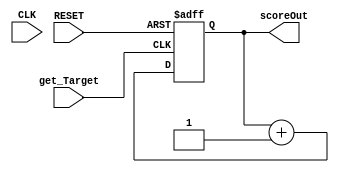
module Score_Counter(
  input get_Target,
  input RESET,
  input CLK,
  output [3:0] scoreOut
  );
  
  reg [3:0] Current_Score;
  assign scoreOut = Current_Score;
  
  always@(posedge RESET or posedge get_Target) begin
     if(RESET)
       Current_Score <= 0;
     else if(get_Target)
        Current_Score <= Current_Score + 1;
   end 
   
endmodule